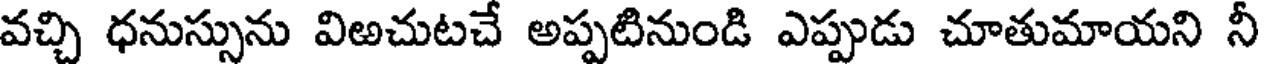
వచ్చి ధనుస్సును విఱచుటచే అప్పటినుండి ఎప్పుడు చూతుమాయని నీ